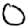
Digit: 0